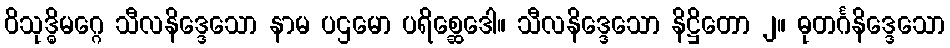
ဝိသုဒ္ဓိမဂ္ဂေ သီလနိဒ္ဒေသော နာမ ပဌမော ပရိစ္ဆေဒေါ။ သီလနိဒ္ဒေသော နိဋ္ဌိတော ၂။ ဓုတင်္ဂနိဒ္ဒေသော